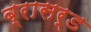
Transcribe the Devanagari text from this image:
ब्रासर्ड